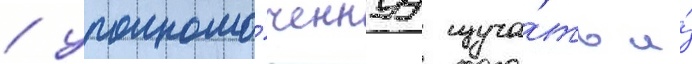
/ уполномо́ченнуу изуча́ть и́